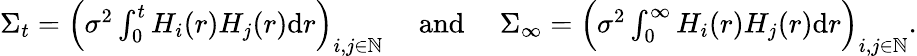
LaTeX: \begin{array}{r}{\Sigma_{t}=\Big({\sigma^{2}}\int_{0}^{t}H_{i}(r)H_{j}(r)\mathrm{d}r\Big)_{i,j\in\mathbb{N}}\quad\mathrm{~and~}\quad\Sigma_{\infty}=\Big({\sigma^{2}}\int_{0}^{\infty}H_{i}(r)H_{j}(r)\mathrm{d}r\Big)_{i,j\in\mathbb{N}}.}\end{array}